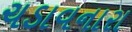
ચડાવનારા